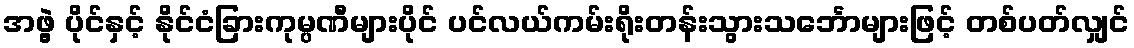
အဖွဲ့ ပိုင်နှင့် နိုင်ငံခြားကုမ္ပဏီများပိုင် ပင်လယ်ကမ်းရိုးတန်းသွားသင်္ဘောများဖြင့် တစ်ပတ်လျှင်